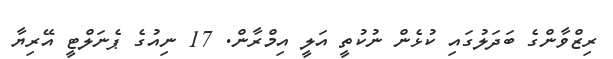
ރިޒްވާންގެ ބަދަލުގައި ކުޅެން ނުކުތީ އަލީ އިމްރާން. 17 ނިއުގެ ޕެނަލްޓީ އޭރިޔާ